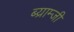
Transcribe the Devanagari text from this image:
ब्य्राम्जी